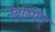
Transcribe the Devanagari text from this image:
नैतस्मिन्